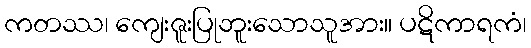
ကတဿ၊ ကျေးဇူးပြုဘူးသောသူအား။ ပဋိကာရကံ၊